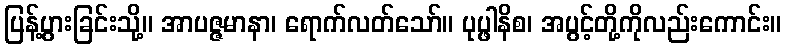
ပြန့်ပွားခြင်းသို့။ အာပဇ္ဇမာနာ၊ ရောက်လတ်သော်။ ပုပ္ဖါနိစ၊ အပွင့်တို့ကိုလည်းကောင်း။